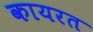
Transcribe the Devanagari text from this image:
कायरत